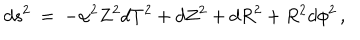
d s ^ { 2 } \: = \: - \alpha ^ { 2 } Z ^ { 2 } d T ^ { 2 } + d Z ^ { 2 } + d R ^ { 2 } + R ^ { 2 } d \phi ^ { 2 } \, ,